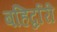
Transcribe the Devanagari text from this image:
बहिर्द्वारी